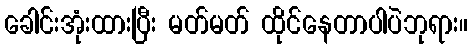
ခေါင်းအုံးထားပြီး မတ်မတ် ထိုင်နေတာပါပဲဘုရား။